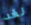
لقد